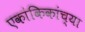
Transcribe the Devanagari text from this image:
एकांकिकांच्या